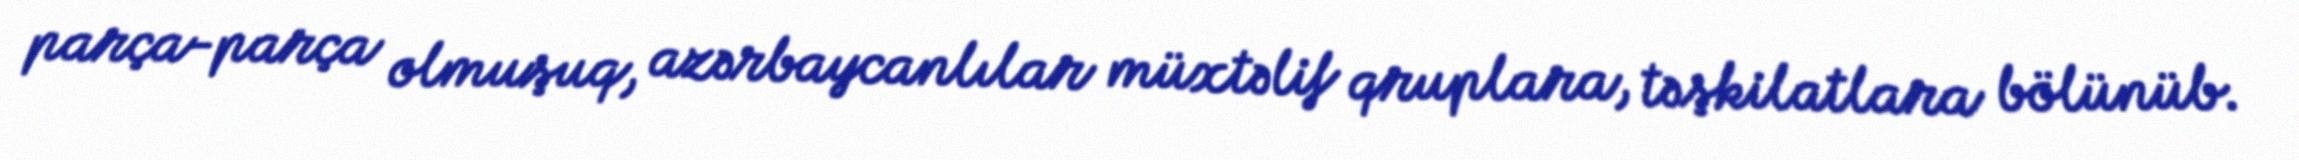
parça-parça olmuşuq, azərbaycanlılar müxtəlif qruplara, təşkilatlara bölünüb.